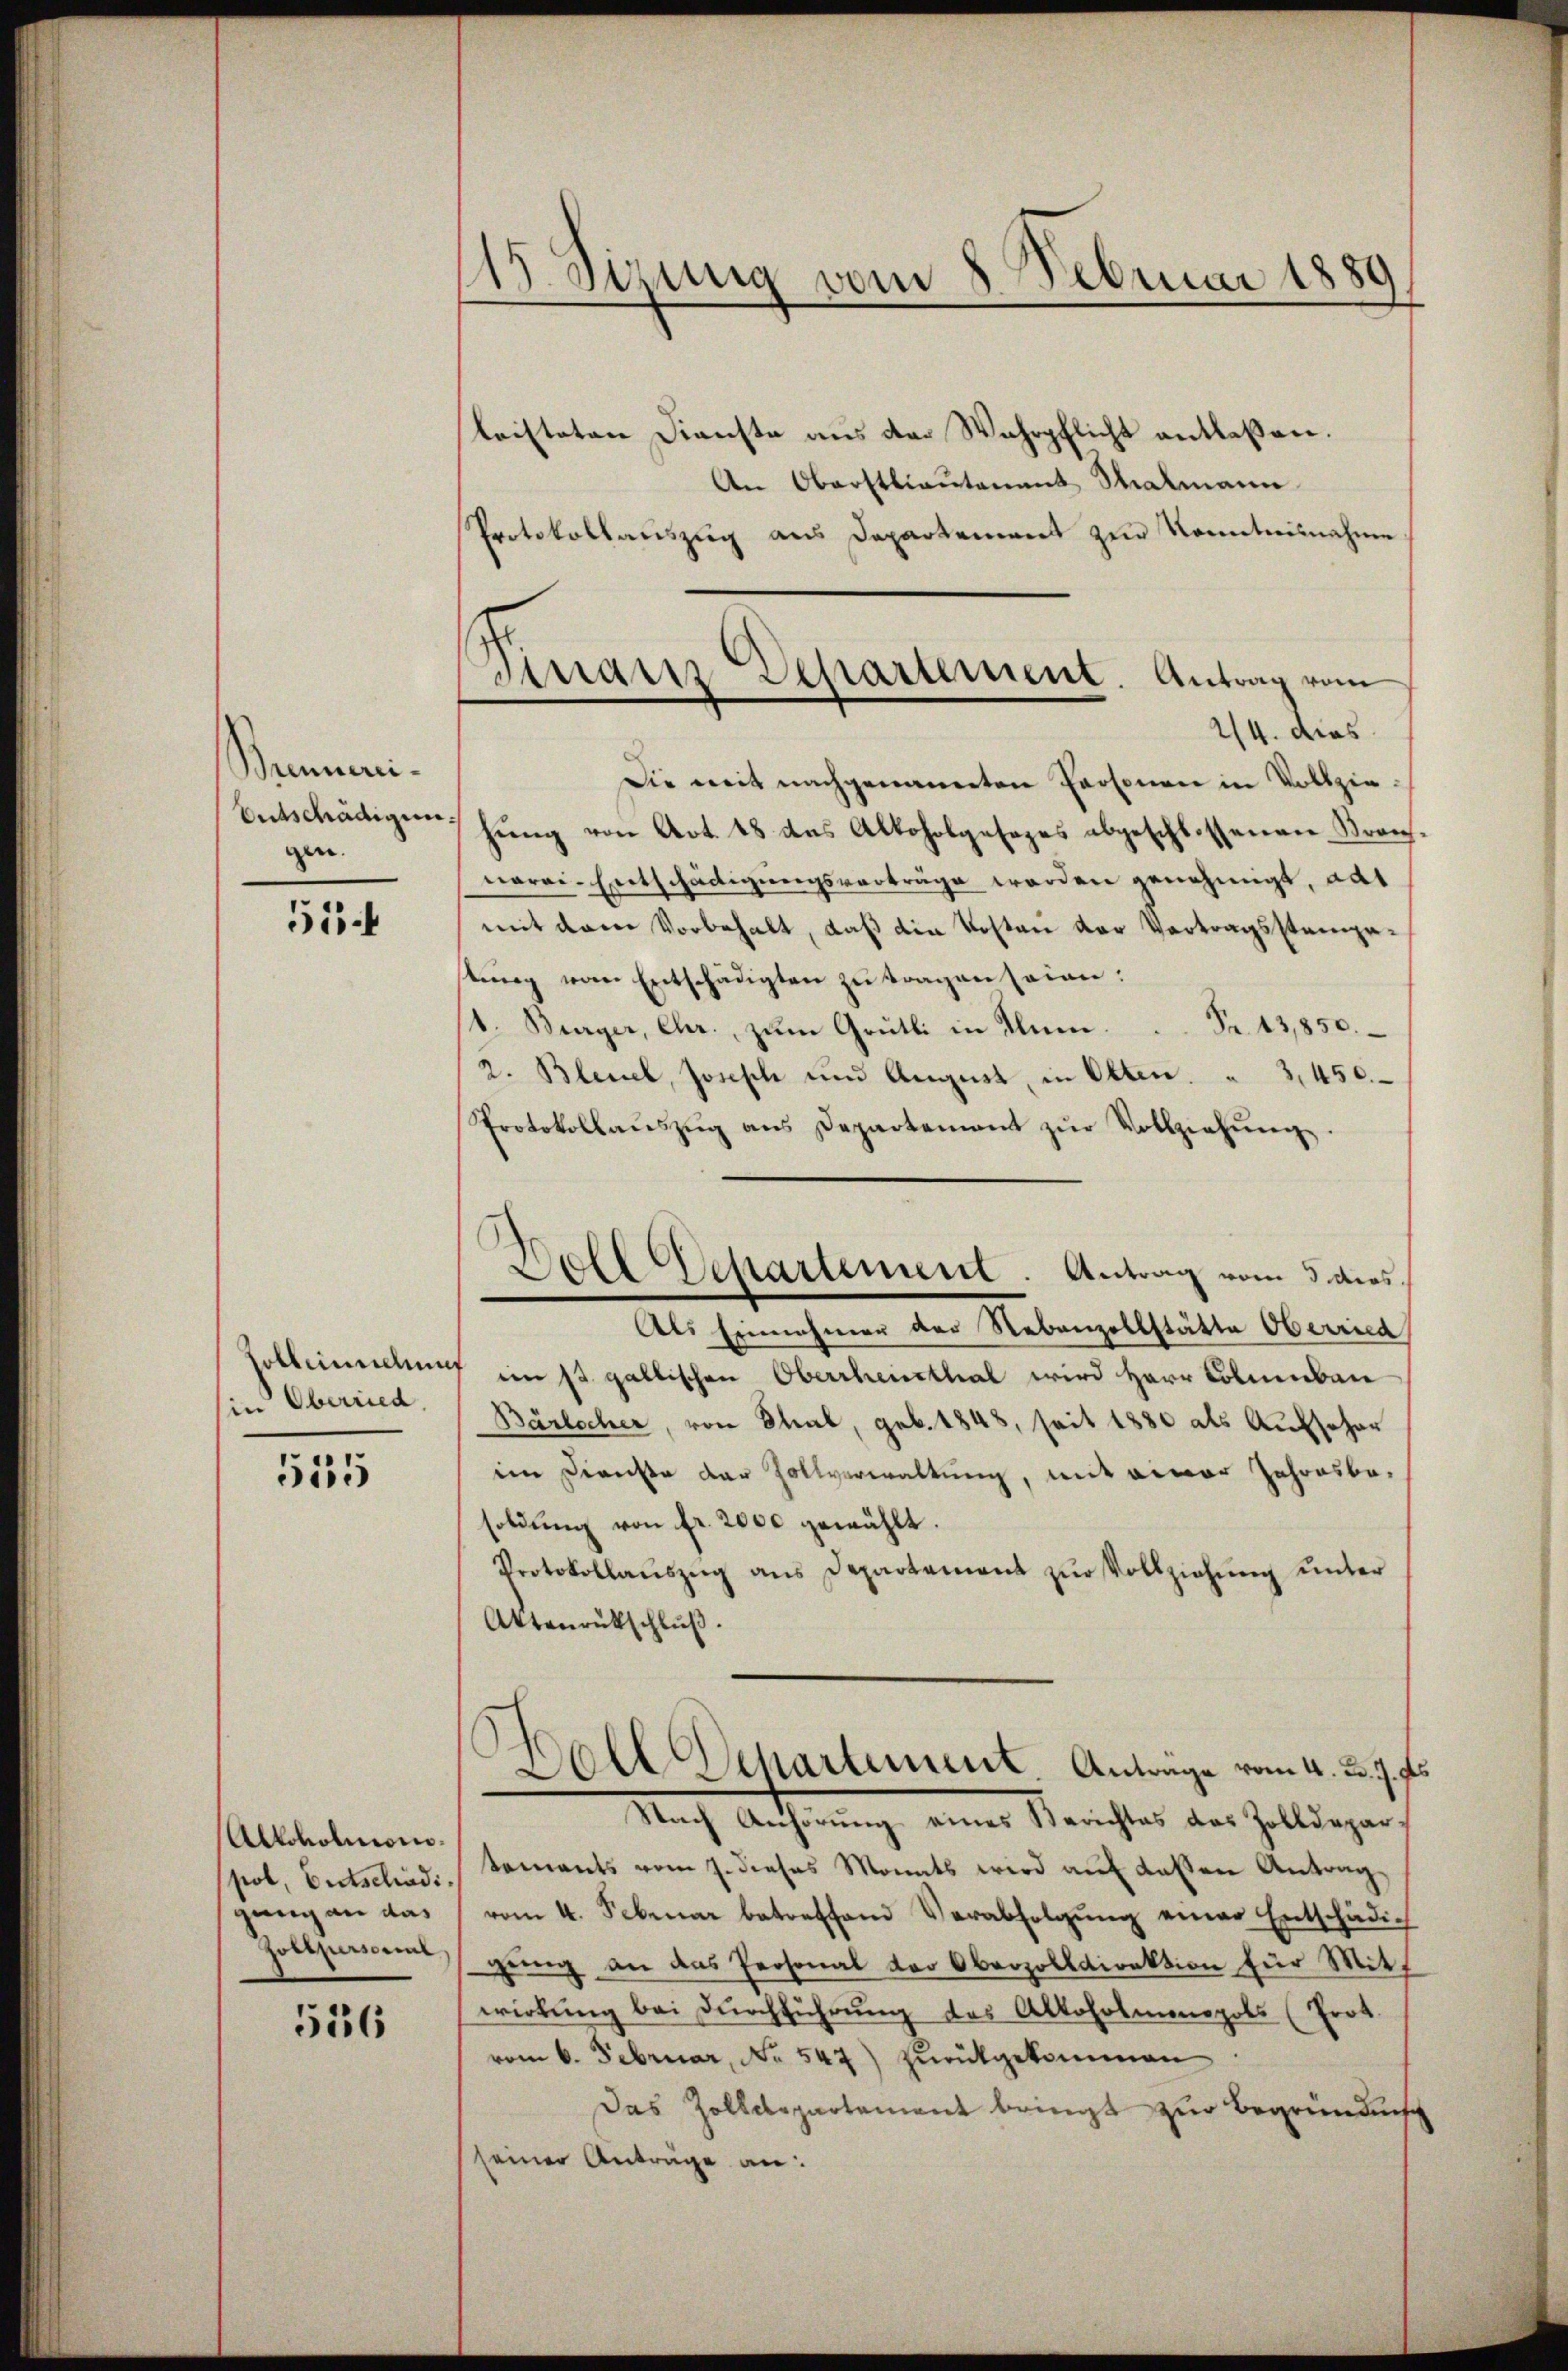
Bemmen.
Entschädigun
gen.

51.

Soblemmelun
in Oberried

515

Alkoholmonigung an das
Zollpersonal

556

115 Sizung vom 8. Februar 1889

Sinair Departement. Antrag vom

leisteten Dienste aus der Wahrpflicht entlaßen.
An Oberstlieutenant Thalmann
Protokollauszug aus Departement zur Kenntnisnahme
2/4. dies
Die mit nachgenannten Personen in Vollziehŭng von Art. 48 das Alkoholgesezes abgeschlossenen Kran
nerei-Entschädigungsverträge werden genehmigt, aus
mit dem Vorbehalt, daß die Kosten der Vertragsstampestung vom Entschädigten zu tragen seien:
1. Burger, Chr. zum Grütli in Alum.  ..  Fr. 13,850.
2. Bleuel, Joseph und August, in Otten. " 3450.
Protokollaŭszŭg ans Departement zŭr Vollziehŭng.
Als Einnahmen der Nebenzollstätte Oberried
 im st. gallischen Oberrheinthal wird Herr Colmiban
Bärlocher, von Schub, geb. 1848, seit 1880 als Aufscher
im Dienste der Zollverwaltung, mit einer Jahresbesoldung von fr. 2000 gewählt.
Protokollaŭszŭg ans Departement zŭr Vollziehŭng ŭnter
Aktenrütschluß.
Doll Departement. Anträge vom 4. d. 7. fs
Nach Anhörung eines Berichter der Zolldegar,
pot, Bertselind. Saments vom 7. dieses Monats wird auf dassen Antrag
vom 4. Februar betreffend Verabfolgŭng einer Entschädig
gung an das Personal der Oberzolldirektion für Mitwirkung bei Durchführung des Alkoholmonopols (Prot.
vom 6. Februar, No. 547) Zŭrückgekommen
Das Zolldepartement bringt zur Begründensc
seiner Anträge an:

Bell Departement. Antrag vom 3 dies